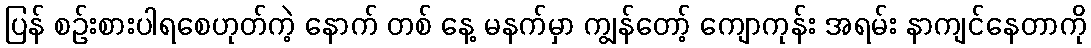
ပြန် စဉ်းစားပါရစေဟုတ်ကဲ့ နောက် တစ် နေ့ မနက်မှာ ကျွန်တော့် ကျောကုန်း အရမ်း နာကျင်နေတာကို